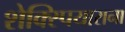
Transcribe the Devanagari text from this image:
शेक्स्पियाराना